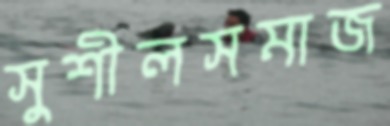
সুশীলসমাজ